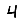
Digit: 4